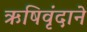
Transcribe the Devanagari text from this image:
ऋषिवृंदाने